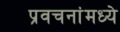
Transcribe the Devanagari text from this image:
प्रवचनांमध्ये